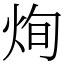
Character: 㶷